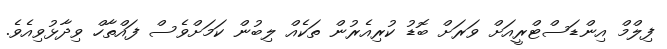
ފިލްމް އިންޑަސްޓްރީއަށް ވަރަށް ބޮޑު ކުރިއެރުން ތަކެއް ލިބުން ކަމަށްވެސް ފައްތާހް ވިދާޅުވިއެވެ.